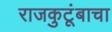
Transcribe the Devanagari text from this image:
राजकुटूंबाचा